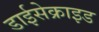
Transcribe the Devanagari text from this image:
डाईसेक्राइड